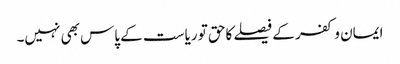
ایمان و کفر کے فیصلے کاحق تو ریاست کے پاس بھی نہیں۔